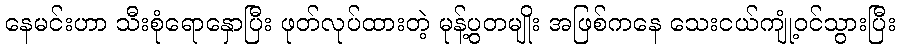
နေမင်းဟာ သီးစုံရောနှောပြီး ဖုတ်လုပ်ထားတဲ့ မုန့်ပွတမျိုး အဖြစ်ကနေ သေးငယ်ကျုံ့ဝင်သွားပြီး